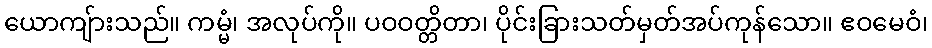
ယောကျ်ားသည်။ ကမ္မံ၊ အလုပ်ကို။ ပဝဝတ္တိတာ၊ ပိုင်းခြားသတ်မှတ်အပ်ကုန်သော။ ဧဝမေဝံ၊